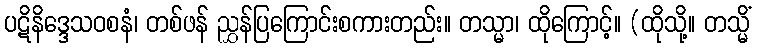
ပဋိနိဒ္ဒေသဝစနံ၊ တစ်ဖန် ညွှန်ပြကြောင်းစကားတည်း။ တသ္မာ၊ ထိုကြောင့်။ (ထိုသို့။ တသ္မိံ